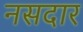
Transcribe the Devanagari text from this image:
नसदार